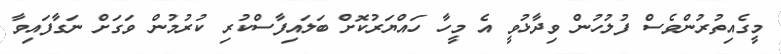
މީގެއިތުރުންވެސް ފުލުހުން ވިދާޅުވީ އެ މީހާ ހައްޔަރުކޮށް ބަލައިފާސްކުރި ކުރުމުން ވަގަށް ނަގާފައިވާ